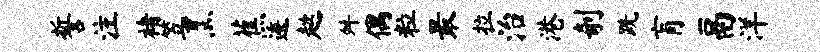
誓注褚笠烹蕉逶趑舛偶粒最拉治港剞跣肓鬲洋